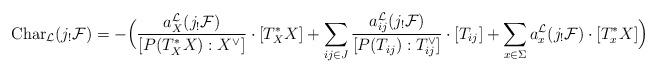
LaTeX: \begin{align*}{\rm Char}_{\cal L}(j_!{\cal F})=-\Bigl(\dfrac{a_X^{\cal L}(j_!{\cal F})}{[P(T^*_XX):X^\vee]}\cdot [T^*_XX]+\sum_{ij\in J}\dfrac{a_{ij}^{\cal L}(j_!{\cal F})}{[P(T_{ij}):T_{ij}^\vee]}\cdot [T_{ij}]+\sum_{x\in \Sigma}a_x^{\cal L}(j_!{\cal F})\cdot [T^*_xX]\Bigr)\end{align*}